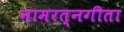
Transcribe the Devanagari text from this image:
नामरत्नगीता